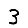
Digit: 3